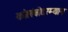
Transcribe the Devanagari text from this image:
कोलंबोदरम्यान